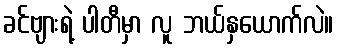
ခင်ဗျားရဲ့ ပါတီမှာ လူ ဘယ်နှယောက်လဲ။